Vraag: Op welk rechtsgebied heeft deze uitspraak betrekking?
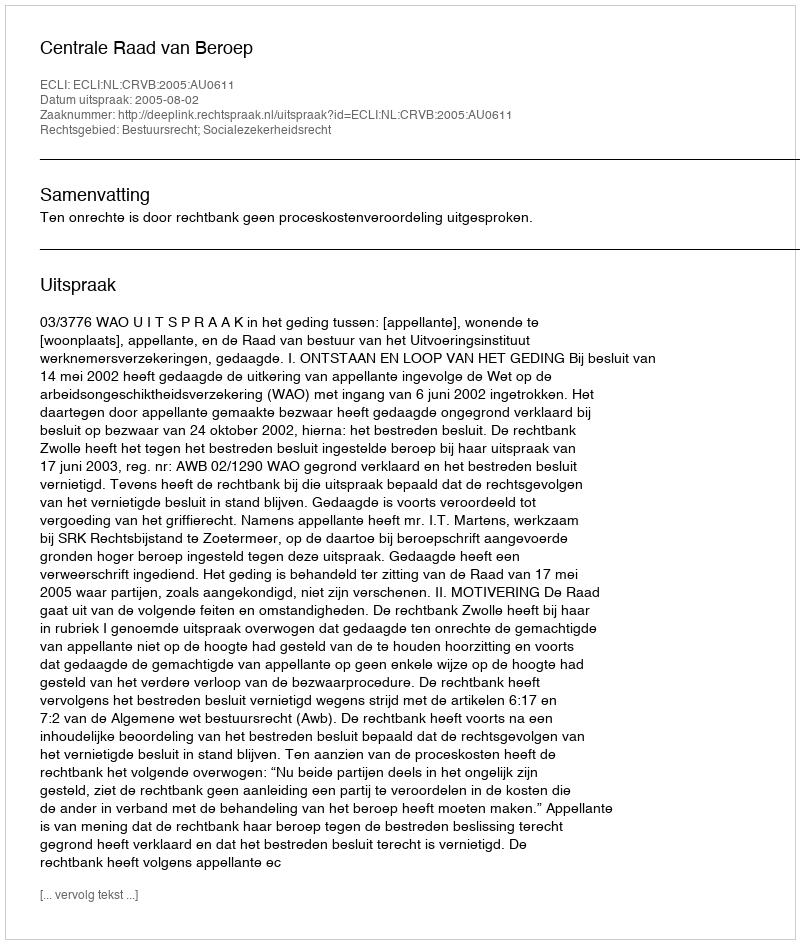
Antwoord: Bestuursrecht; Socialezekerheidsrecht